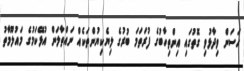
ހަސަން ވިދާޅުވި ގޮތުގައި އިންތިހާބުގެ ފުރަތަމަ ބުރުގެ ލިޔެކިޔުންތަކެއް ނައްތާލަން އުޅޭކަމުގެ މައުލޫމާތު